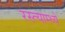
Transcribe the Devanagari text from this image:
रस्त्याम्ध्ये